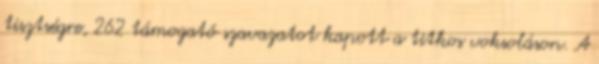
tisztségre, 262 támogató szavazatot kapott a titkos voksoláson. A